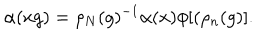
\alpha ( x g ) = \rho _ { N } ( g ) ^ { - 1 } \alpha ( x ) \phi [ ( \rho _ { n } ( g ) ] .